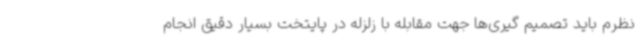
نظرم باید تصمیم گیری‌ها جهت مقابله با زلزله در پایتخت بسیار دقیق انجام